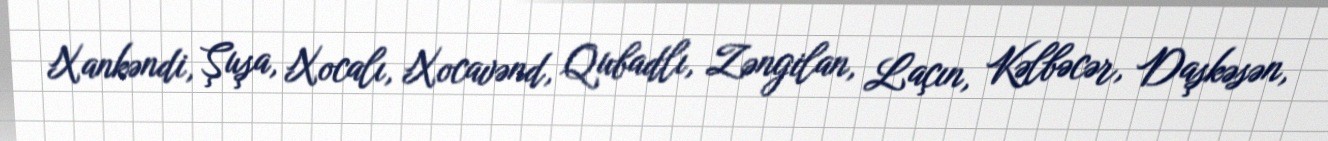
Xankəndi, Şuşa, Xocalı, Xocavənd, Qubadlı, Zəngilan, Laçın, Kəlbəcər, Daşkəsən,